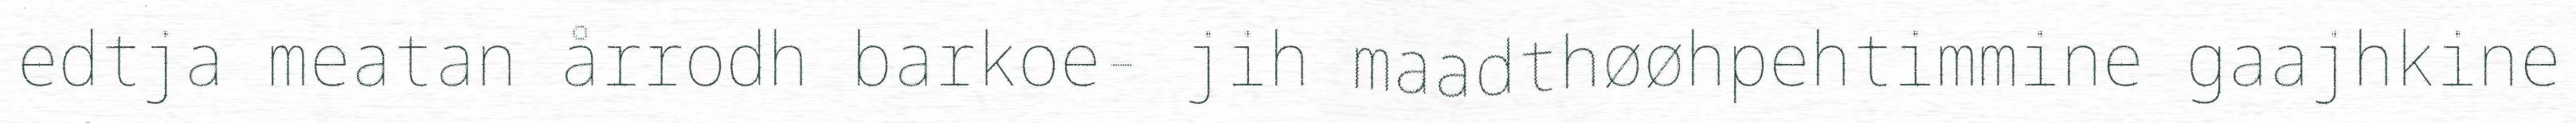
edtja meatan årrodh barkoe- jih maadthøøhpehtimmine gaajhkine